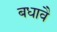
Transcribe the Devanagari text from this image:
बधावै